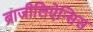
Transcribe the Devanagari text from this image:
ब्राजीलिऐन्सिस